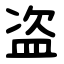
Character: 盗